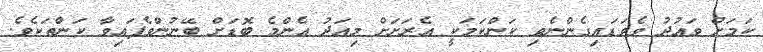
ކަމަށް ވައުދު ވެވަޑައިގެންނެވި ކަންކަމަކީ އެރަށަށް މިއަދު އެންމެ ބޮޑަށް ބޭނުންވެފައިވާ ކަންތަކެވެ.